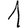
Digit: 1